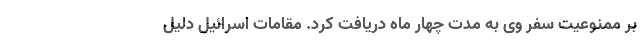
بر ممنوعیت سفر وی به مدت چهار ماه دریافت کرد. مقامات اسرائیل دلیل